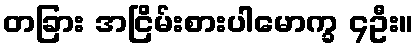
တခြား အငြိမ်းစားပါမောက္ခ ၄ဦး။